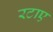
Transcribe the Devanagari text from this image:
रटाए